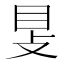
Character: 𥄎